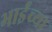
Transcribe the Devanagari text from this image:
भाईंच्या